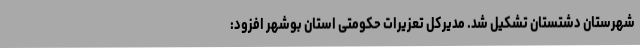
شهرستان دشتستان تشکیل شد. مدیرکل تعزیرات حکومتی استان بوشهر افزود: